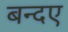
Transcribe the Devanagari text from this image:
बन्दए